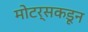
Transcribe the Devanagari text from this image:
मोटर्सकडून